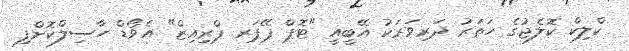
ކްލިކް ކޮލެޖުގެ ހަތަރު ދަރިވަރަކު އޭބީއީ "ޓޮޕް ޕޭޕަރ ޕްރިއިޒް" އެވޯޑް ހާސިލްކޮށްފި